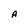
Character: A